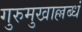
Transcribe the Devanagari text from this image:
गुरुमुखाल्लब्धं